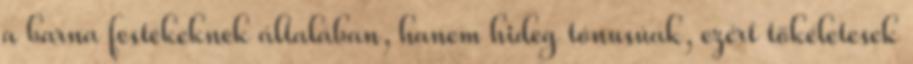
a barna festékeknek általában, hanem hideg tónusúak, ezért tökéletesek